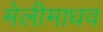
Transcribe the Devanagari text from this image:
मेलीमाधव